Civil Veterinary Dept. North-West Frontier Province 1933-46 - 1933-1946
Year: 1933
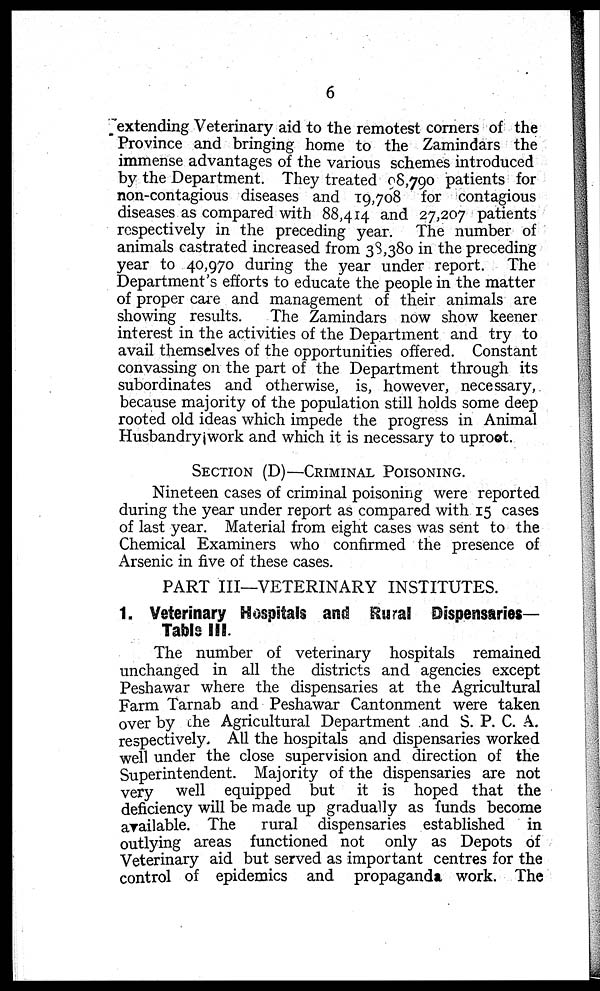
6
extending Veterinary aid to the remotest corners of the
Province and bringing home to the Zamindars the
immense advantages of the various schemes introduced
by the Department. They treated 98,790 patients for
non-contagious diseases and 19,708 for contagious
diseases as compared with 88,414 and 27,207 patients
respectively in the preceding year. The number of
animals castrated increased from 38,380 in the preceding
year to 40,970 during the year under report. The
Department's efforts to educate the people in the matter
of proper care and management of their animals are
showing results.
The Zamindars now show keener
interest in the activities of the Department and try to
avail themselves of the opportunities offered. Constant
convassing on the part of the Department through its
subordinates and otherwise, is, however, necessary,
because majority of the population still holds some deep
rooted old ideas which impede the progress in Animal
Husbandry work and which it is necessary to uproot.
SECTION (D)—CRIMINAL POISNING.
Nineteen cases of criminal poisoning were reported
during the year under report as compared with 15 cases
of last year. Material from eight cases was sent to the
Chemical Examiners who confirmed the presence of
Arsenic in five of these cases.
PART III—VETERINARY INSTITUTES.
1. Veterinary Hospitals and Rural Dispensaries—
Table III.
The number of veterinary hospitals remained
unchanged in all the districts and agencies except
Peshawar where the dispensaries at the Agricultural
Farm Tarnab and Peshawar Cantonment were taken
over by the Agricultural Department and S. P. C. A.
respectively. All the hospitals and dispensaries worked
well under the close supervision and direction of the
Superintendent. Majority of the dispensaries are not
very well equipped but it is hoped that the
deficiency will be made up gradually as funds become
available. The rural dispensaries established in
outlying areas functioned not only as Depots of
Veterinary aid but served as important centres for the
control of epidemics and propaganda work. The